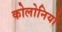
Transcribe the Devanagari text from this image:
कोलोनियों